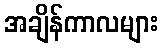
အချိန်ကာလများ